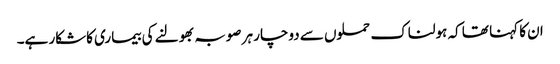
ان کا کہنا تھا کہ ہولناک حملوں سے دوچار ہر صوبہ بھولنے کی بیماری کاشکار ہے۔